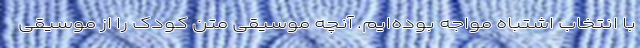
با انتخاب اشتباه مواجه بوده‌ایم. آنچه ‌موسیقی متن کودک را از موسیقی